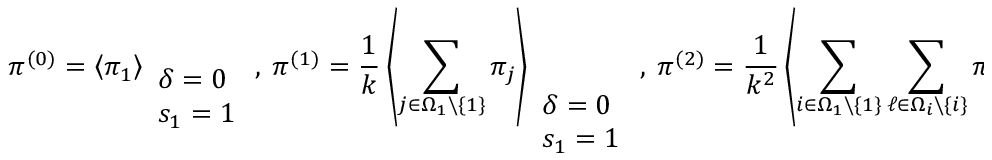
\pi ^ { ( 0 ) } = \left\langle \pi _ { 1 } \right\rangle _ { \begin{array} { l } { \delta = 0 } \\ { s _ { 1 } = 1 } \end{array} } , ~ \pi ^ { ( 1 ) } = \frac { 1 } { k } \left\langle \sum _ { j \in \Omega _ { 1 } \backslash \{ 1 \} } \pi _ { j } \right\rangle _ { \begin{array} { l } { \delta = 0 } \\ { s _ { 1 } = 1 } \end{array} } , ~ \pi ^ { ( 2 ) } = \frac { 1 } { k ^ { 2 } } \left\langle \sum _ { i \in \Omega _ { 1 } \backslash \{ 1 \} } \sum _ { \ell \in \Omega _ { i } \backslash \{ i \} } \pi _ { \ell } \right\rangle _ { \begin{array} { l } { \delta = 0 } \\ { s _ { 1 } = 1 } \end{array} } .